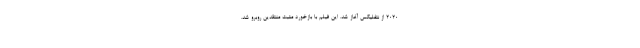
۲۰۲۰ از نتفلیکس آغاز شد. این فیلم با بازخورد مثبت منتقدین روبرو شد.